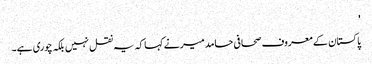
'
پاکستان کے معروف صحافی حامد میر نے کہا کہ یہ نقل نہیں بلکہ چوری ہے۔